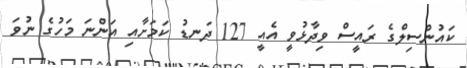
ކައުންސިލްގެ ރައީސް ވިދާޅުވީ އެއީ 127 ދަނޑު ކަމަށާއި އަންނަ މަހުގެ ނުވަ